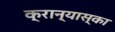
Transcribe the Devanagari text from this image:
क्रान्यास्का